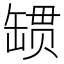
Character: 𰭄